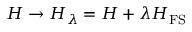
H \rightarrow H _ { \lambda } = H + \lambda H _ { \mathrm { F S } }